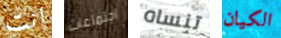
انت اجتماعات تنساه الكيان